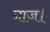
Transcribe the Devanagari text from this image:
नाज।